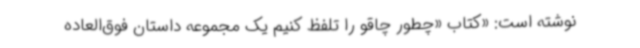
نوشته‌ است: «کتاب «چطور چاقو را تلفظ کنیم یک مجموعه داستان فوق‌العاده